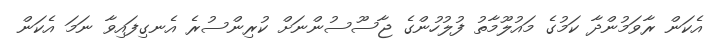
އެކަން ރާވަމުންދާ ކަމުގެ މައުލޫމާތު ފުލުހުންގެ ޖާސޫސުންނަށް ކުރިންސުރެ އެނގިފައިވާ ނަމަ އެކަން